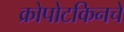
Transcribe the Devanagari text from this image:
क्रोपोटकिनचे